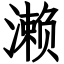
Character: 濑